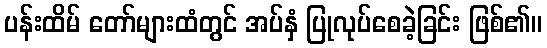
ပန်းထိမ် တော်များထံတွင် အပ်နှံ ပြုလုပ်စေခဲ့ခြင်း ဖြစ်၏။